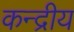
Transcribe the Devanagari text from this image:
कन्द्रीय